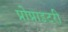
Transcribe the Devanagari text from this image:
प्रोप्राइटरी